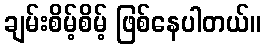
ချမ်းစိမ့်စိမ့် ဖြစ်နေပါတယ်။